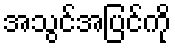
အသွင်အပြင်ကို